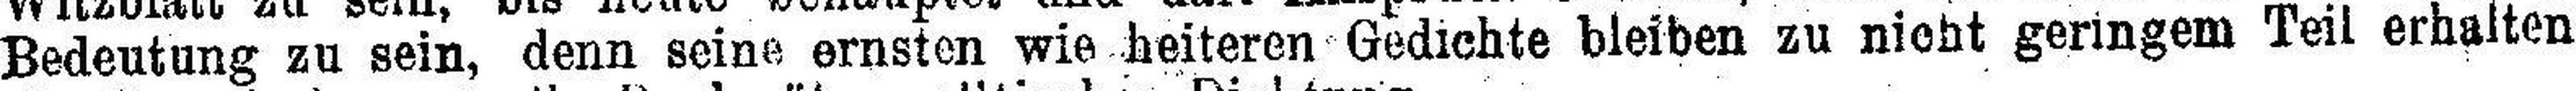
Bedeutung zu sein, denn seine ernsten wie heiteren Gedichte bleiben zu nicht geringem Teil erhalten